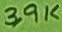
Text: 3,9K